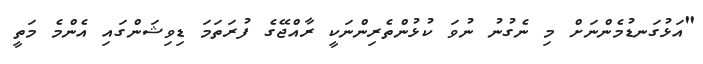
"އަޅުގަނޑުމެންނަށް މި ނެގުނު ނުވަ ކުޅުންތެރިންނަކީ ރާއްޖޭގެ ފުރަތަމަ ޑިވިޝަންގައި އެންމެ މަތީ